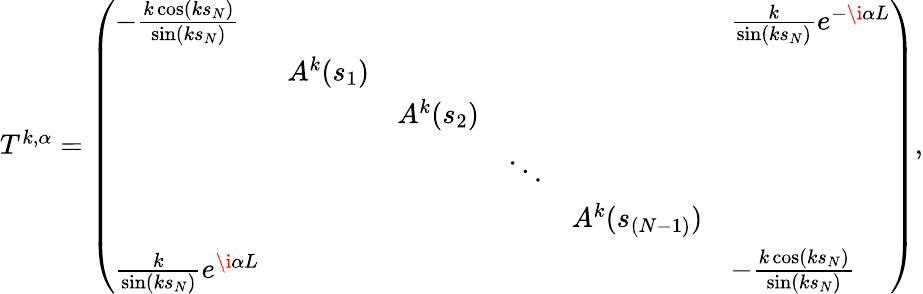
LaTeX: \begin{array}{r}{T^{k,\alpha}=\left(\begin{array}{llllll}{-\frac{k\cos(ks_{N})}{\sin(ks_{N})}}&&&&&{\frac{k}{\sin(ks_{N})}e^{-\i\alpha L}}\\ &{A^{k}(s_{1})}&&&&\\ &&{A^{k}(s_{2})}&&&\\ &&&{\ddots}&&\\ &&&&{A^{k}(s_{(N-1)})}&\\ {\frac{k}{\sin(ks_{N})}e^{\i\alpha L}}&&&&&{-\frac{k\cos(ks_{N})}{\sin(ks_{N})}}\end{array}\right),}\end{array}